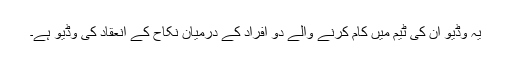
یہ وڈیو ان کی ٹیم میں کام کرنے والے دو افراد کے درمیان نکاح کے انعقاد کی وڈیو ہے۔